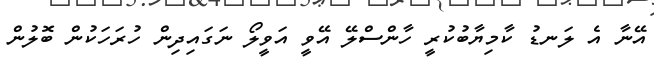
އޭނާ އެ ލަނޑު ކާމިޔާބުކުރީ ހާންސްލޭ އޭވީ އަވީލޯ ނަގައިދިން ހުރަހަކުން ބޮލުން